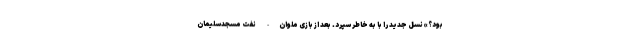
بود؟» نسل جدید را با به خاطر سپرد. بعد از بازی ملوان- نفت مسجد‌سلیمان